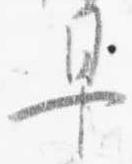
早